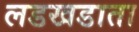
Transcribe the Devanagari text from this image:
लडखडाता